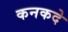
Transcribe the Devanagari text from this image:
कनकदे